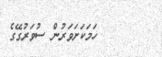
٥٥        ހަމަކަށަވަރުން ސުވަރުގޭގެ